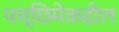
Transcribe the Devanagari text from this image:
पच्छिमेकडील